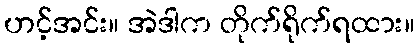
ဟင့်အင်း။ အဲဒါက တိုက်ရိုက်ရထား။